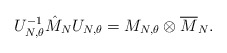
\begin{align*}U_{N,\theta}^{-1}\hat{M}_NU_{N, \theta}=M_{N, \theta}\otimes \overline{M}_N.\end{align*}